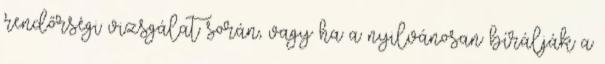
rendőrségi vizsgálat során, vagy ha a nyilvánosan bírálják a